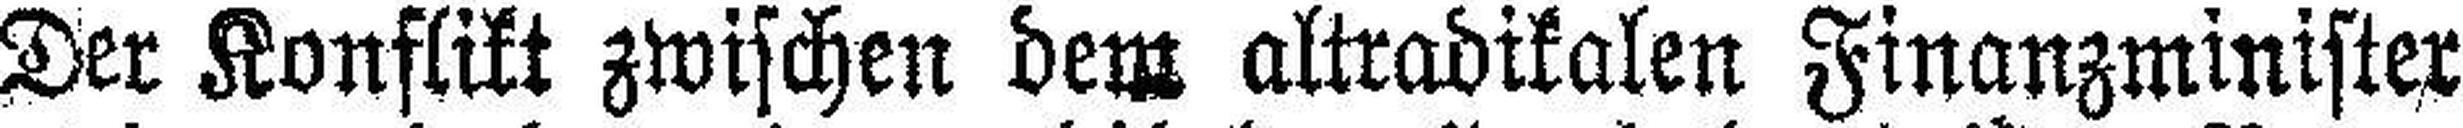
Der Konflikt zwischen dem altradikalen Finanzminister